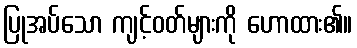
ပြုအပ်သော ကျင့်ဝတ်များကို ဟောထား၏။